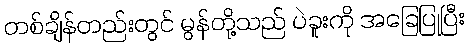
တစ်ချိန်တည်းတွင် မွန်တို့သည် ပဲခူးကို အခြေပြုပြီး